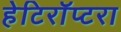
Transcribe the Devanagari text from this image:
हेटिरॉप्टरा